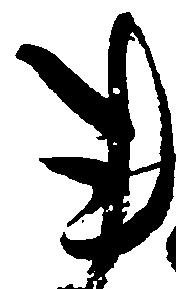
事